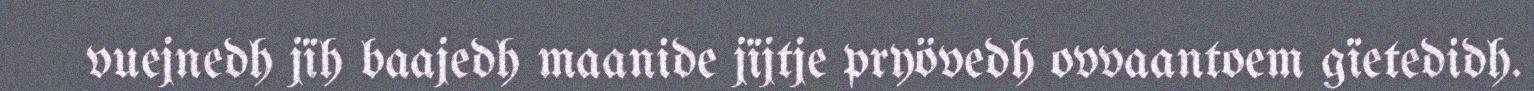
vuejnedh jïh baajedh maanide jïjtje pryövedh ovvaantoem gïetedidh.